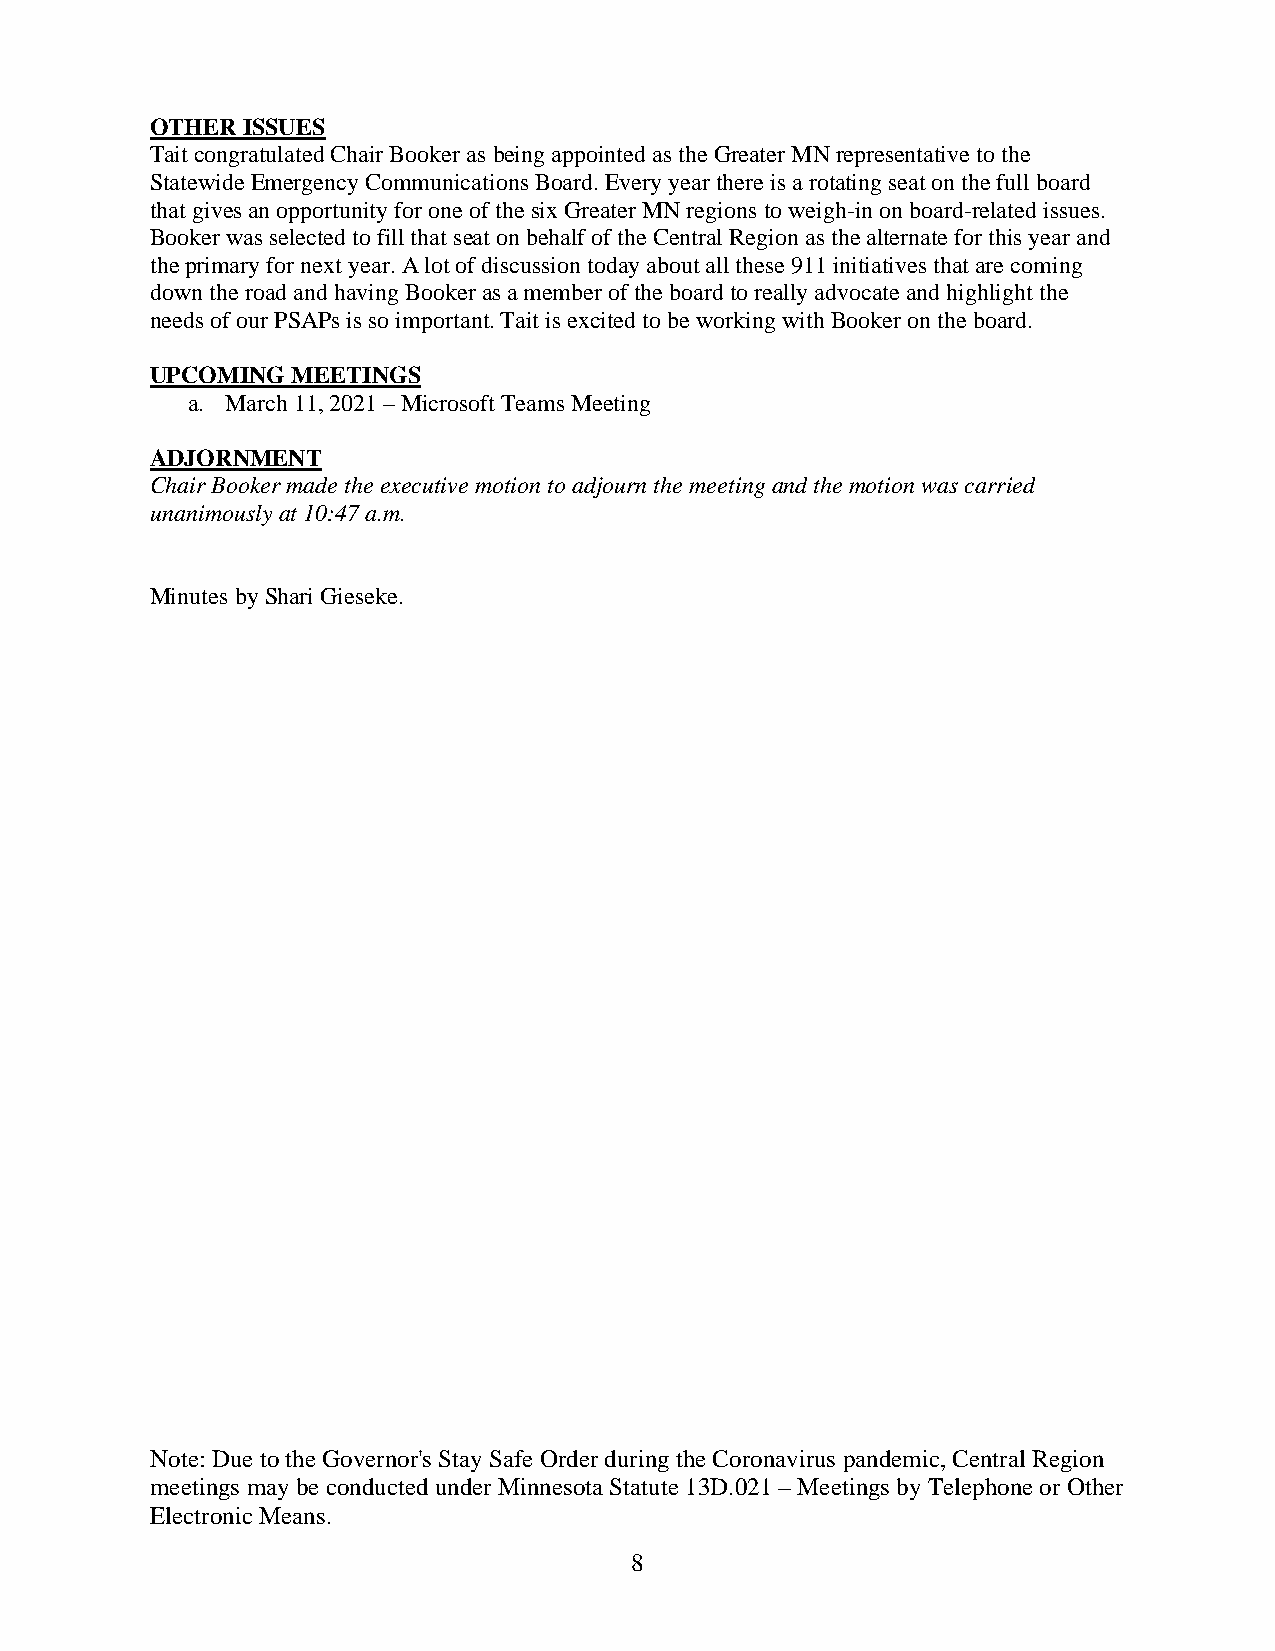
OTHER ISSUES
 Tait congratulated Chair Booker as being appointed as the Greater MN representative to the
 Statewide Emergency Communications Board. Every year there is a rotating seat on the full board
 that gives an opportunity for one of the six Greater MN regions to weigh-in on board-related issues.
 Booker was selected to fill that seat on behalf of the Central Region as the alternate for this year and
 the primary for next year. A lot of discussion today about all these 911 initiatives that are coming
 down the road and having Booker as a member of the board to really advocate and highlight the
 needs of our PSAPs is so important. Tait is excited to be working with Booker on the board.
 UPCOMING MEETINGS
 a. March 11, 2021 – Microsoft Teams Meeting
 ADJORNMENT
 Chair Booker made the executive motion to adjourn the meeting and the motion was carried
 unanimously at 10:47 a.m.
 Minutes by Shari Gieseke.
 Note: Due to the Governor's Stay Safe Order during the Coronavirus pandemic, Central Region
 meetings may be conducted under Minnesota Statute 13D.021 – Meetings by Telephone or Other
 Electronic Means.
 8